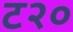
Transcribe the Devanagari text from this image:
ट२०